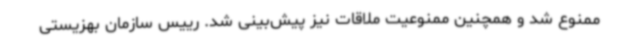
ممنوع شد و همچنین ممنوعیت ملاقات نیز پیش‌بینی شد. رییس سازمان بهزیستی